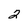
Character: 2